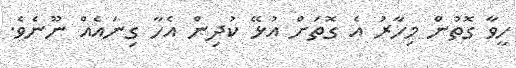
ހީވާ ގޮތުން މިހާރު އެ ގޮތަށް އުޅޭ ކުދިން އެހާ ގިނައެއް ނޫނެވެ.